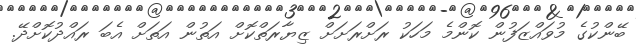
ބޭންކުގެ މުވައްޒަފުން ކޮންމެ މަހަކު ރަށްރަށަށް ޒިޔާރަތްކޮށް އަތުން އަތަށް އެބަ ރައްދުކޮށްދޭ.